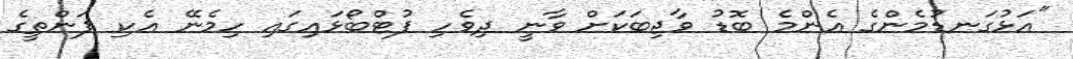
"އަޅުގަނޑުމެންގެ އެންމެ ބޮޑު ވާޖިބަކަށް ވާނީ ދިވެހި ފުޓްބޯޅައިގައި ހިމެނޭ އެކި ފަންތީގެ